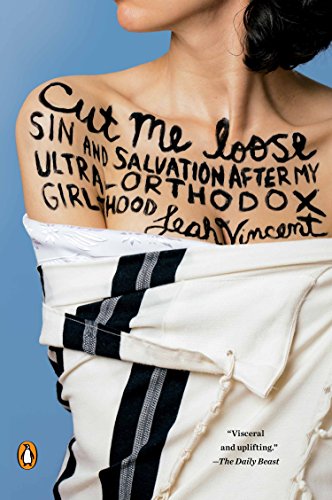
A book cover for Cut Me Loose: Sin and Salvation After My Ultra-Orthodox Girlhood; Leah Vincent; Medical Books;